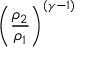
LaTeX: \left( { \frac { \rho _ { 2 } } { \rho _ { 1 } } } \right) ^ { ( \gamma - 1 ) }